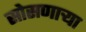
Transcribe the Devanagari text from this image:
सोसणाऱ्या